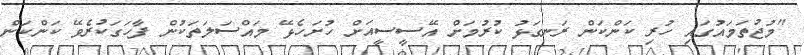
"މުޖުތަމައުގައި ހުރި ކަންކަން ރަނގަޅު ކުރުމަށް އޭސީސީއަށް ހުށަހެޅޭ މައްސަލަތަކުން ފާހަގަކުރެވޭ ކަންކަން